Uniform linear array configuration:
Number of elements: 8
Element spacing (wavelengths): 1
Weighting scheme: binomial
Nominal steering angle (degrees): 15
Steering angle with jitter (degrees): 14.792
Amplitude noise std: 0.05
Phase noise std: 0.05

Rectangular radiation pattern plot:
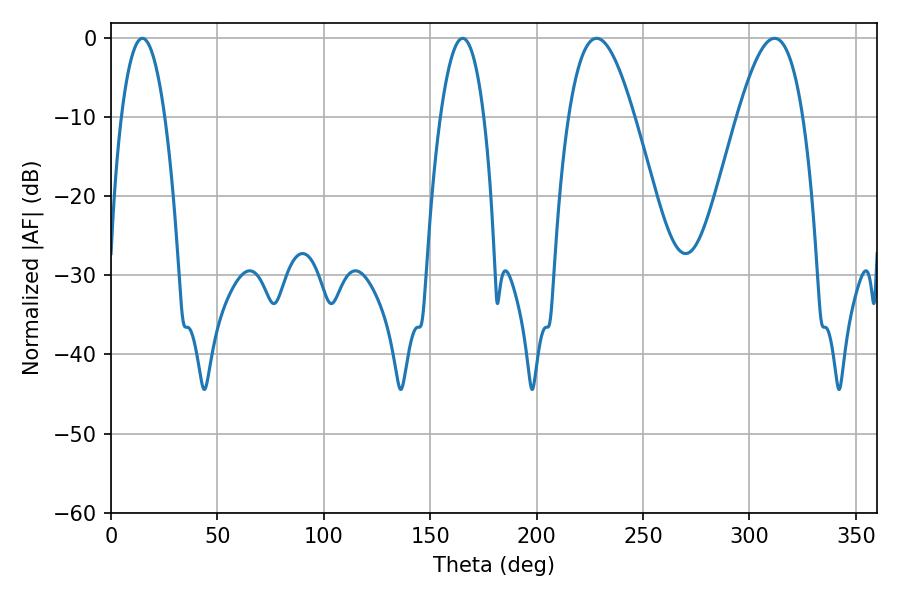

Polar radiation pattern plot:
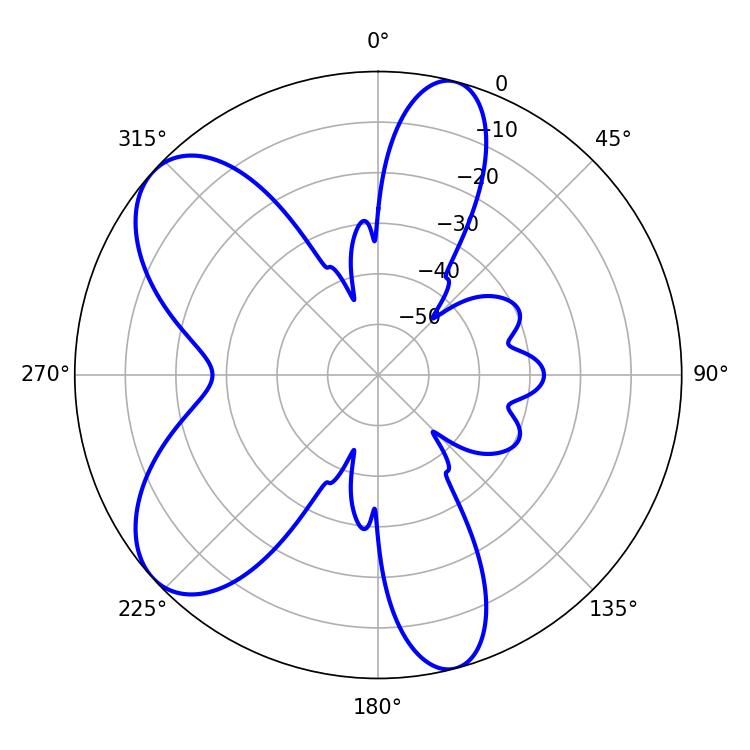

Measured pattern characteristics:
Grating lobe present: TRUE
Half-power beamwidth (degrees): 11.34
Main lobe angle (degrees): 14.76